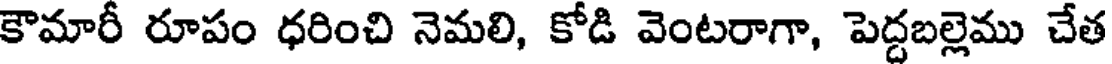
కౌమారీ రూపం ధరించి నెమలి, కోడి వెంటరాగా, పెద్దబల్లెము చేత